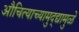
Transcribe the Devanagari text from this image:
औचित्याच्यामुद्द्यामुळे